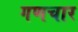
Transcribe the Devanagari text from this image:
गणचार